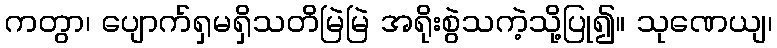
ကတွာ၊ ပျောက်ရှမရှိသတိမြဲမြဲ အရိုးစွဲသကဲ့သို့ပြု၍။ သုဏေယျ၊